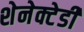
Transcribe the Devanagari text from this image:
शेनेक्टेडी